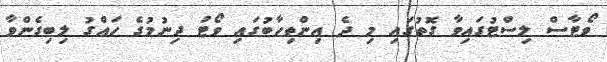
ވޯޓާސް ލިސްޓުގައިވާ ގޮތުގައި މި ދެ އިންތިހާބުގައި ވޯޓު ދިނުމުގެ ހައްގު ލިބިގެންވާ